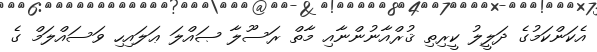
އެކަންކަމުގެ ދަލީލު ކީރިތި ޤުރްއާނުންނާއި މާތް ރަސޫލާ ޞައްލަ ޢަލައިހި ވަސައްލަމް ގެ